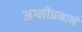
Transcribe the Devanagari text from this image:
अग्नीप्रमाणे